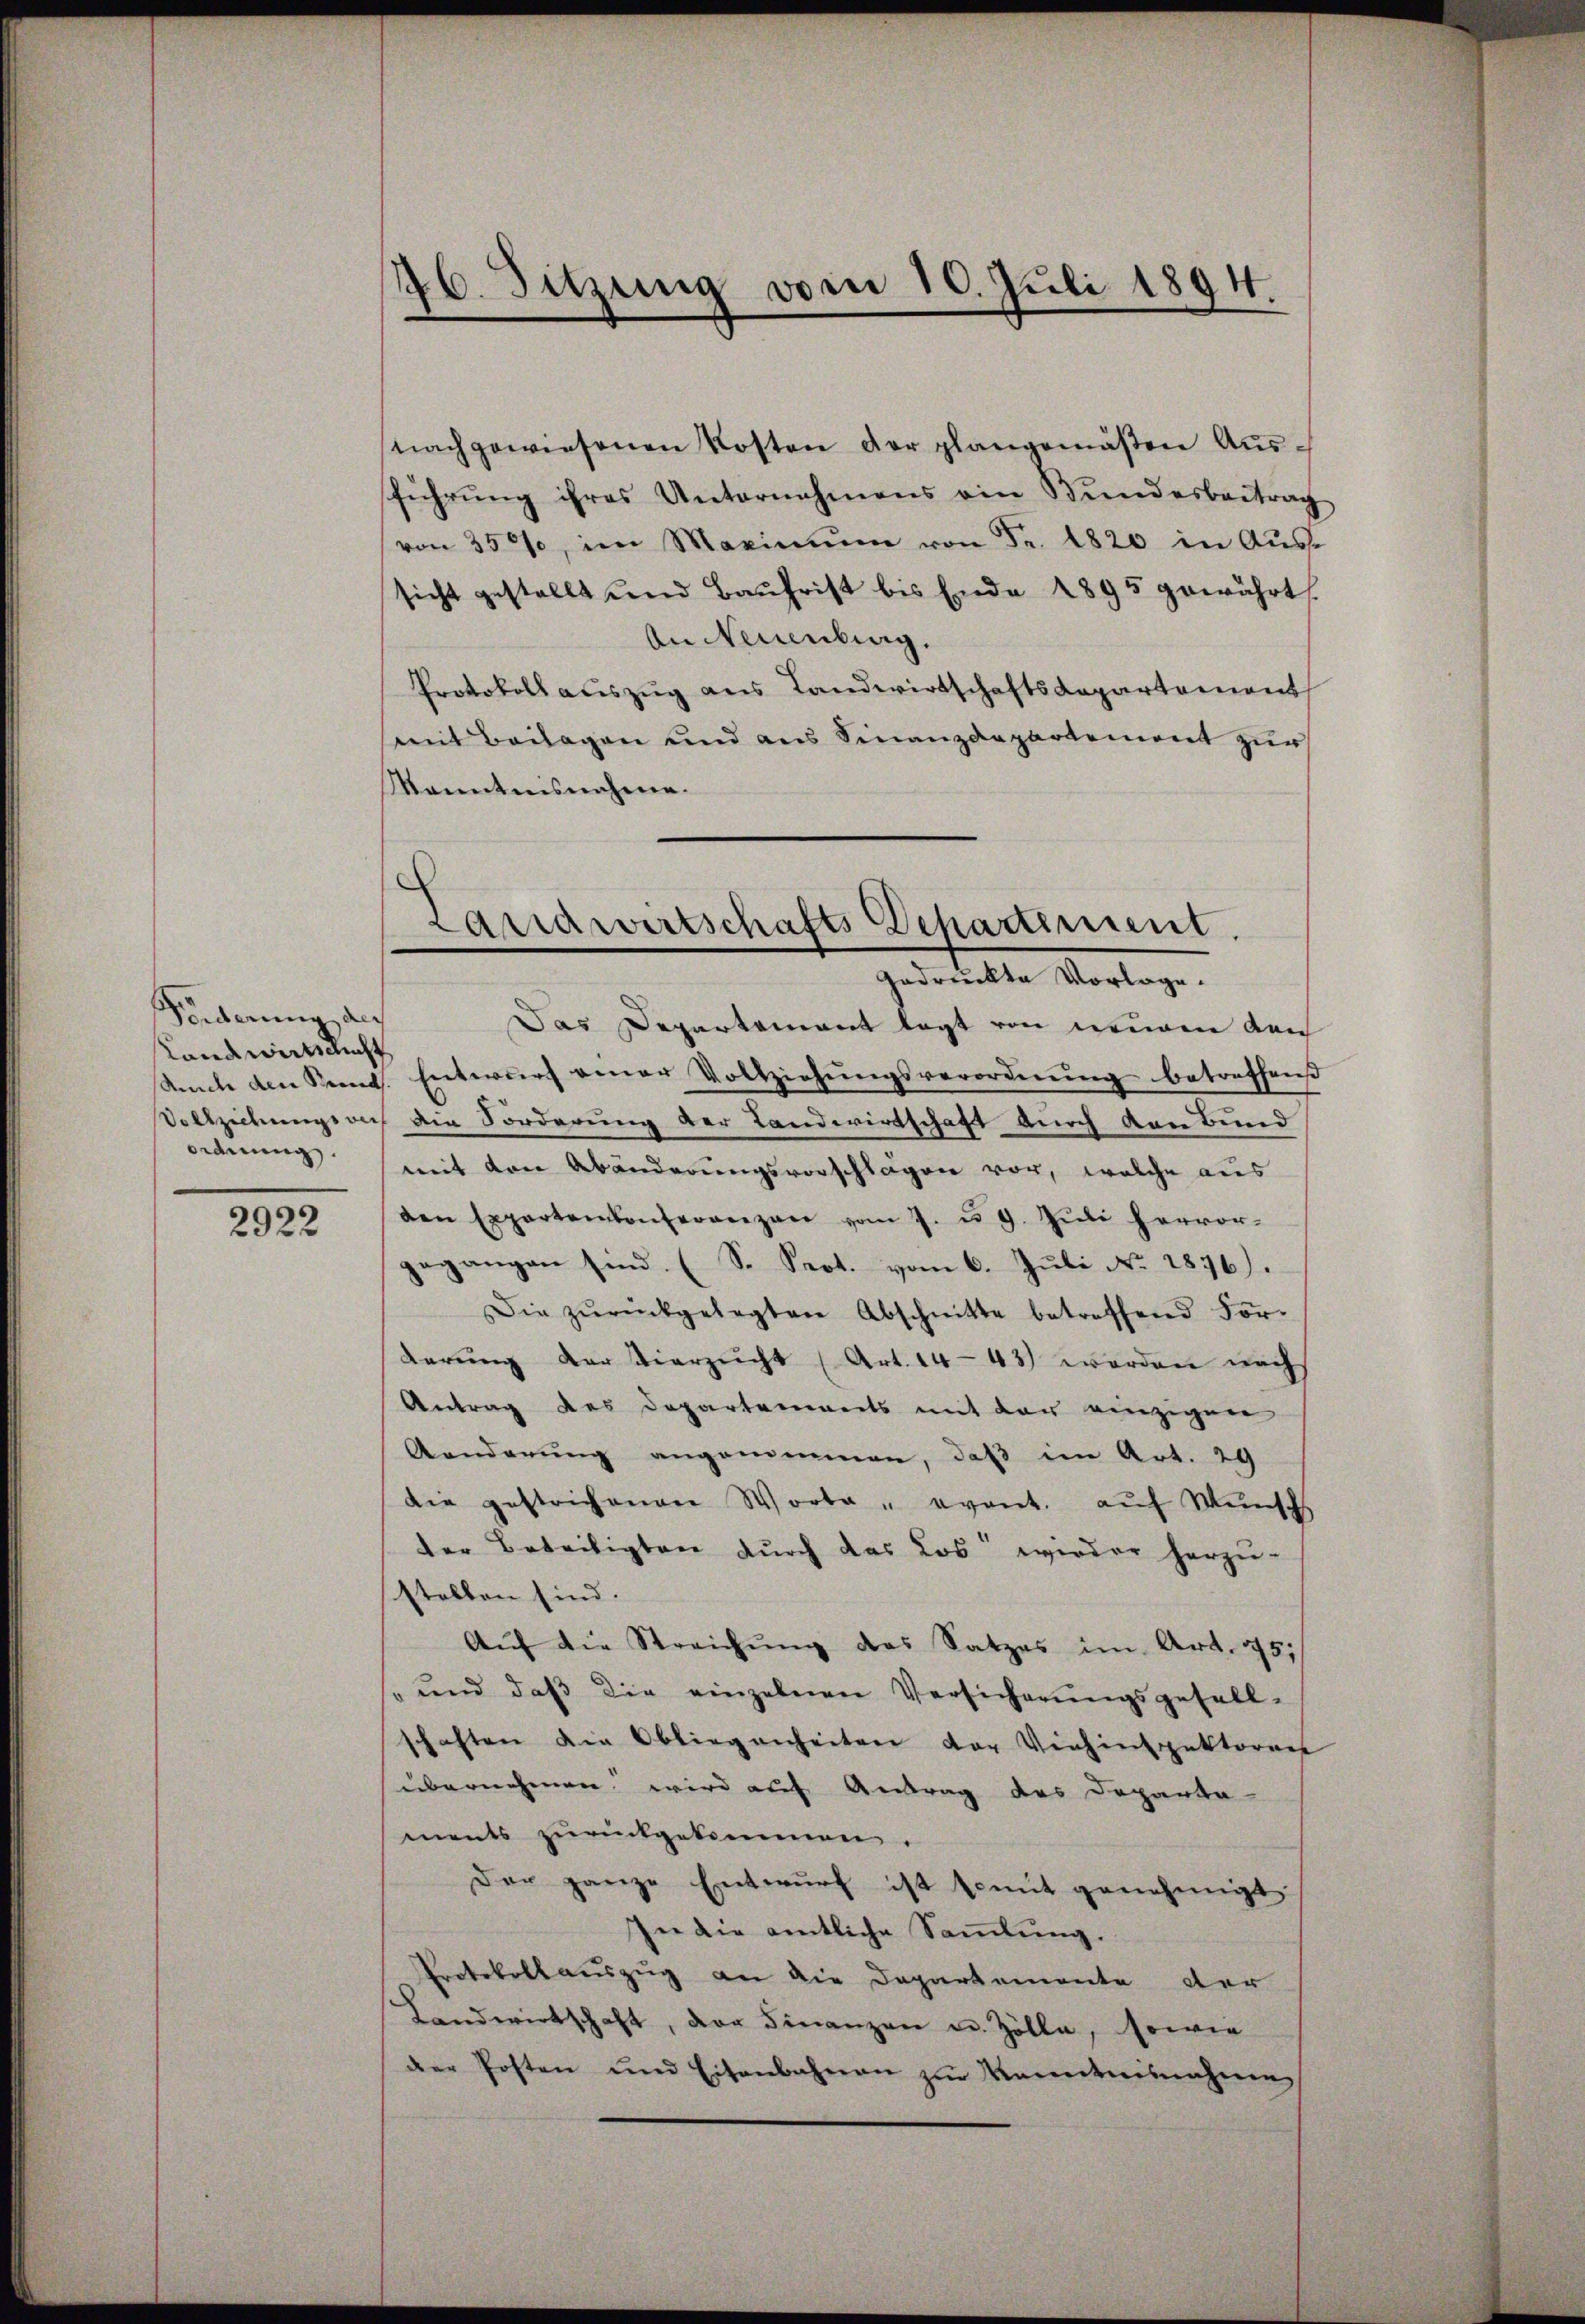
Förderung des
Landwirtschicht
ordnung.

2922

46. Sitzung vom 10. Juli 1894

nachgewiesenen Kosten der plangemäßen Ausführung ihres Unternehmens ein Bundesbeitrag
(von 350, im Maximŭm von Fr. 1820 in Aus-
sicht gestellt und Baufrist bis Ende 1895 gewährt
An Neuenburg.
Protokoll auszug aus Landwirtschaftsdepartement
mit Beilagen und aus Finanzdepartement zur
Monntnisnahme.
Das Departement legt von neuen von
Siche den Beend. Entwurf einer Vollziehŭngsverordnŭng betreffend
Vollziehungsrich die Förderung der Landwirtschaft durch den Bund
mit den Abänderungsvorschlägen vor, welche aus
den Expertenkonferenzen vom 7. u. 9. Jŭli hervor-
gegangen sind. (S. Prot. vom 6. Juli No 1876.
Die zŭrückgelegten Abschnitte betreffend For-
derung der Vierzicht (Art. 14-43) werden nach
Antrag des Departements mit der einzigen
Aenderŭng angenommen, daß im Art. 29
die gestrichenen Worte " evant. auf Wunsch
der Beteiligten durch das Los wieder herzu-
stellen sind.
Aŭf die Streichŭng des Satzes im Art. 95.
" und daβ die einzelnen Versicherungsgesell-
schaften die Obliegenheiten der Viehinspektoren
übernehmen wird auf Antrag des Departa
ments zurückgekommen.
Der ganze Entwurf ist somit genehmigt
In die amtliche Sammlung.
Protokollauszug an die Departemente der
Landwirtschaft, der Finanzen u. Zölle, sowie
der Posten und Eisenbahnen zur Kenntnisnahme

Landwirtschafts Departiment.
gedruckte Vorlage.